Annual administration report of the Civil Veterinary Department of India - 1904-1905
Year: 1904
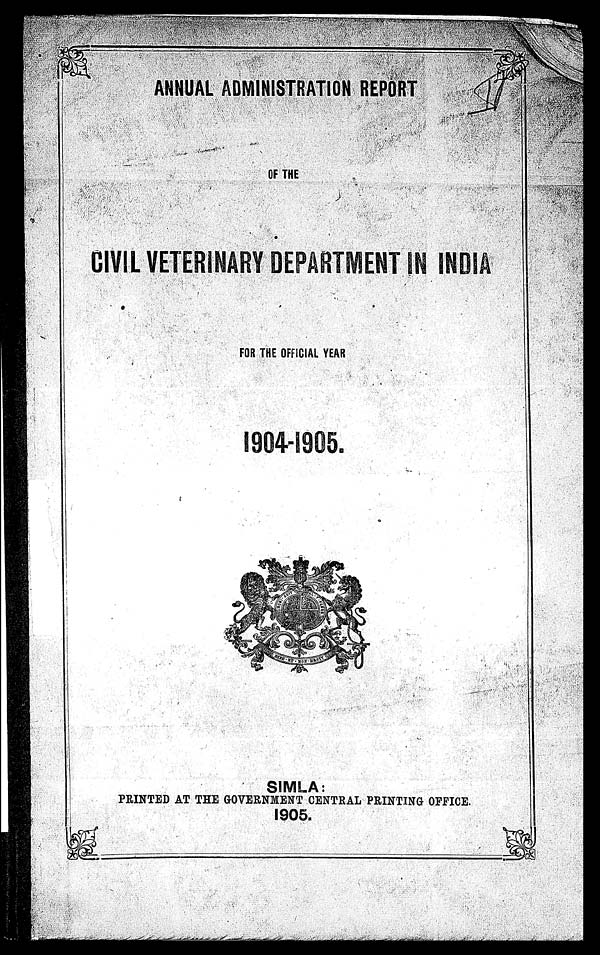
ANNUAL ADMINISTRATION REPORT
OF THE
CIVIL VETERINARY DEPARTMENT IN INDIA
FOR THE OFFICIAL YEAR
1904-1905.
SIMLA:
PRINTED AT THE GOVERNMENT CENTRAL PRINTING OFFICE.
1905.